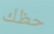
حظك